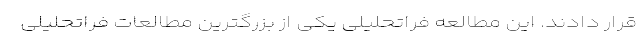
قرار دادند. این مطالعه فراتحلیلی یکی از بزرگترین مطالعات فراتحلیلی